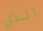
الذي